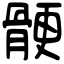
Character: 骾